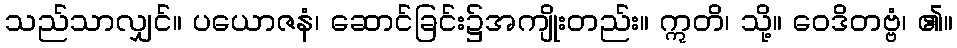
သည်သာလျှင်။ ပယောဇနံ၊ ဆောင်ခြင်း၌အကျိုးတည်း။ ဣတိ၊ သို့။ ဝေဒိတဗ္ဗံ၊ ၏။